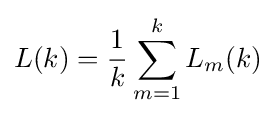
L(k)={\frac {1}{k}}\sum _{m=1}^{k}L_{m}(k)